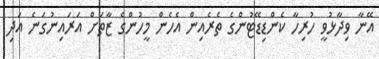
އޭނާ ވިދާޅުވީ ހުރިހާ ކެންޑިޑޭޓުންގެ ތެރެއިން އެހެން މީހުންގެ ޒާތަށް އަރައިނުގަނެ އަދި